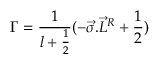
{ \Gamma } = \frac { 1 } { l + \frac { 1 } { 2 } } ( - { \vec { \sigma } . { \vec { L } } ^ { R } } + \frac { 1 } { 2 } )